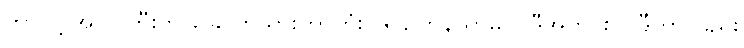
ဘာလို့ အပင်ကြီးက ခြောက်သွားတာတုံး၊ ဒါ ဥတုနိယာမပဲ၊ ဒီအတိုင်းပဲ၊ ဒီဟာလည်း